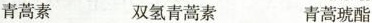
青蒿素 双氢青蒿素 青蒿琥酯